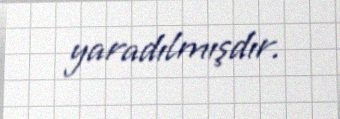
yaradılmışdır.